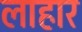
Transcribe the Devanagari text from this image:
लाहार